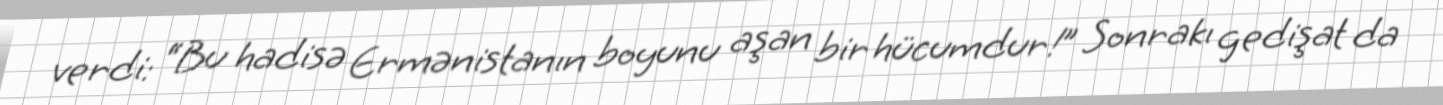
verdi: “Bu hadisə Ermənistanın boyunu aşan bir hücumdur!” Sonrakı gedişat da